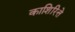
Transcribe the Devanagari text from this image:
काशिरित्ते